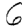
Digit: 6